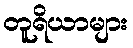
တူရိယာများ